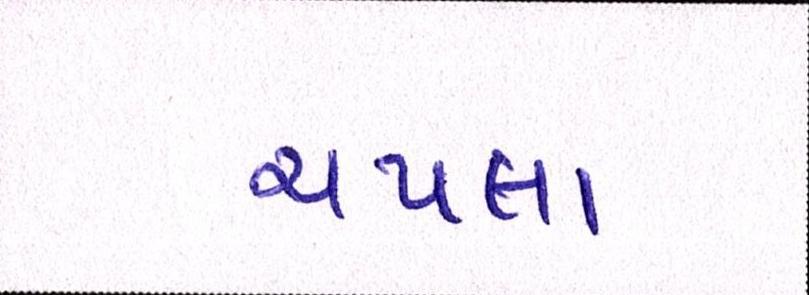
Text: ચપલા